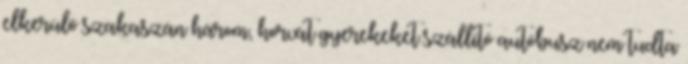
elkerülő szakaszán három, horvát gyerekeket szállító autóbusz nem tudta